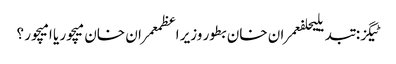
ٹیگز: تبدیلیحلفعمران خان بطور وزیر اعظمعمران خان میچور یا امیچور ؟